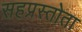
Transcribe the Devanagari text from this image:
सहप्रस्तोता